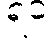
ရဝ